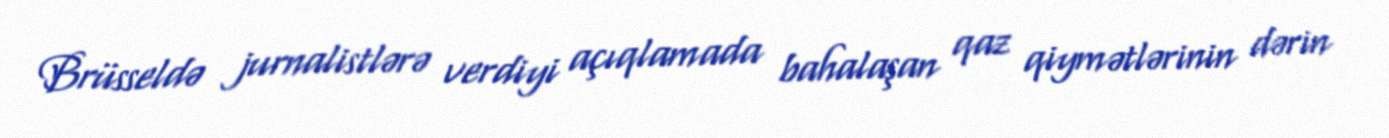
Brüsseldə jurnalistlərə verdiyi açıqlamada bahalaşan qaz qiymətlərinin dərin